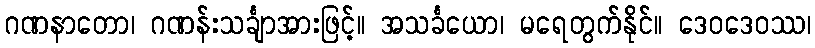
ဂဏနာတော၊ ဂဏန်းသင်္ချာအားဖြင့်။ အသင်္ခယော၊ မရေတွက်နိုင်။ ဒေဝဒေဝဿ၊